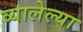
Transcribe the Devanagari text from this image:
व्यालेल्या